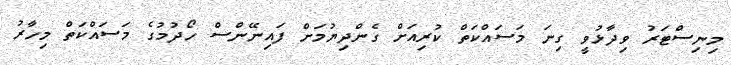
މިނިސްޓަރު ވިދާޅުވީ ގިނަ މަސައްކަތް ކުރިއަށް ގެންދިޔުމަށް ފައިނޭންސް ހޯދުމުގެ މަސައްކަތް މިހާރު